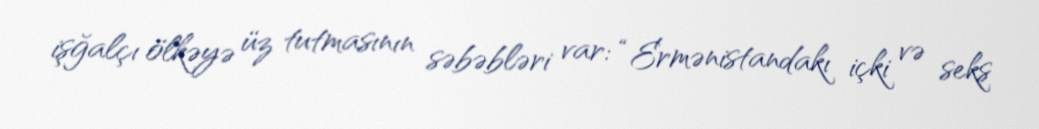
işğalçı ölkəyə üz tutmasının səbəbləri var: “Ermənistandakı içki və seks